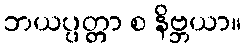
ဘယပ္ပတ္တာ စ နိဗ္ဘယာ။